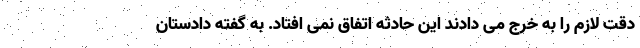
دقت لازم را به خرج می دادند این حادثه اتفاق نمی افتاد. به گفته دادستان